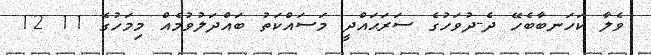
ވެލާ ކަހަނބާބެހޭ ދެ-ދުވަހުގެ ސަރަޙައްދީ މަސައްކަތު ބައްދަލުވުމެއް މިމަހުގެ 11 12